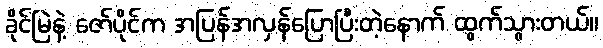
ခိုင်မြဲနဲ့ ဇော်ပိုင်က အပြန်အလှန်ပြောပြီးတဲ့နောက် ထွက်သွားတယ်။